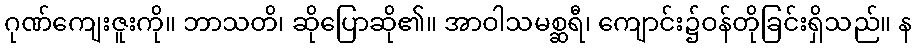
ဂုဏ်ကျေးဇူးကို။ ဘာသတိ၊ ဆိုပြောဆို၏။ အာဝါသမစ္ဆရီ၊ ကျောင်း၌ဝန်တိုခြင်းရှိသည်။ န